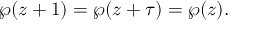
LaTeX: \wp ( z + 1 ) = \wp ( z + \tau ) = \wp ( z ) .